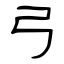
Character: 弓